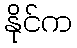
နိုင်က